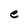
Character: e